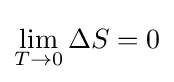
\lim _{T\to 0}\Delta S=0